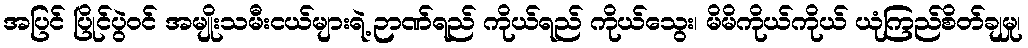
အပြင် ပြိုင်ပွဲဝင် အမျိုးသမီးငယ်များရဲ့ ဉာဏ်ရည် ကိုယ်ရည် ကိုယ်သွေး၊ မိမိကိုယ်ကိုယ် ယုံကြည်စိတ်ချမှု၊